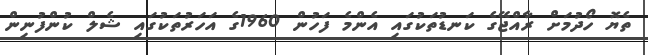
ތެޔޮ ހޯދުމަށް ރާއްޖޭގެ ކަނޑުތަކުގައި އެންމެ ފަހުން 1960ގެ އަހަރުތަކުގައި ޝެލް ކުންފުނިން